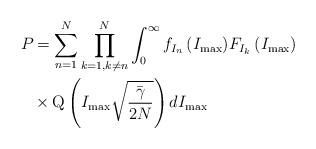
LaTeX: \begin{align*}{{P}_{}}&=\sum\limits_{n=1}^{N}{\prod\limits_{k=1,k\ne n}^{N}{\int_{0}^{\infty }{{{f}_{{{I}_{n}}}}\left( {{I}_{\max }} \right)}}}{{F}_{{{I}_{k}}}}\left( {{I}_{\max }} \right)\\&\times \operatorname{Q}\left( {{I}_{\max }}\sqrt{\frac{{\bar{\gamma }}}{2N}} \right)d{{I}_{\max }}\end{align*}